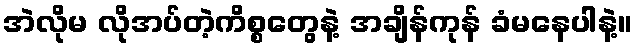
အဲလိုမ လိုအပ်တဲ့ကိစ္စတွေနဲ့ အချိန်ကုန် ခံမနေပါနဲ့။